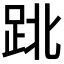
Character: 𨀈